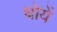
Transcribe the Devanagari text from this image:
धोयें